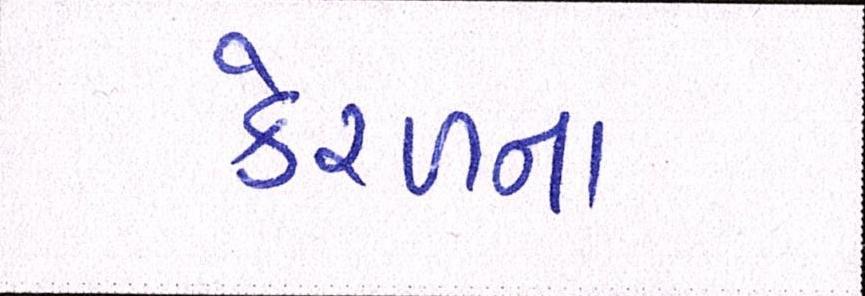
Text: કેરળના